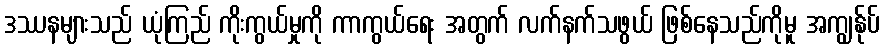
ဒဿနများသည် ယုံကြည် ကိုးကွယ်မှုကို ကာကွယ်ရေး အတွက် လက်နက်သဖွယ် ဖြစ်နေသည်ကိုမူ အကျွန်ုပ်